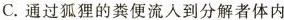
C.通过狐狸的粪便流入到分解者体内